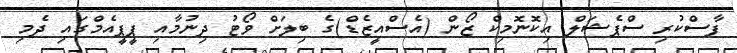
ފާސްކުރި ސްޕެޝަލް އިކޮނޮމިކް ޒޯން (އެސްއީޒެޑް)ގެ ބިލަށް ވޯޓު ދިނުމާއި ޕީޕީއެމްގައި ދެމި